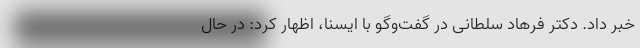
خبر داد. دکتر فرهاد سلطانی در گفت‌وگو با ایسنا، اظهار کرد: در حال